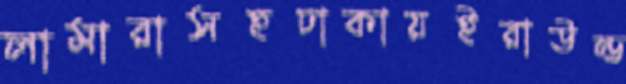
লামারাসহঢাকায়ইরাউন্ড